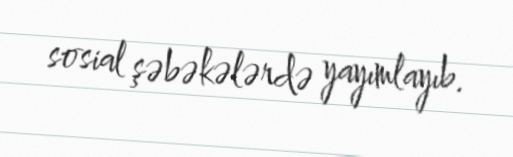
sosial şəbəkələrdə yayımlayıb.